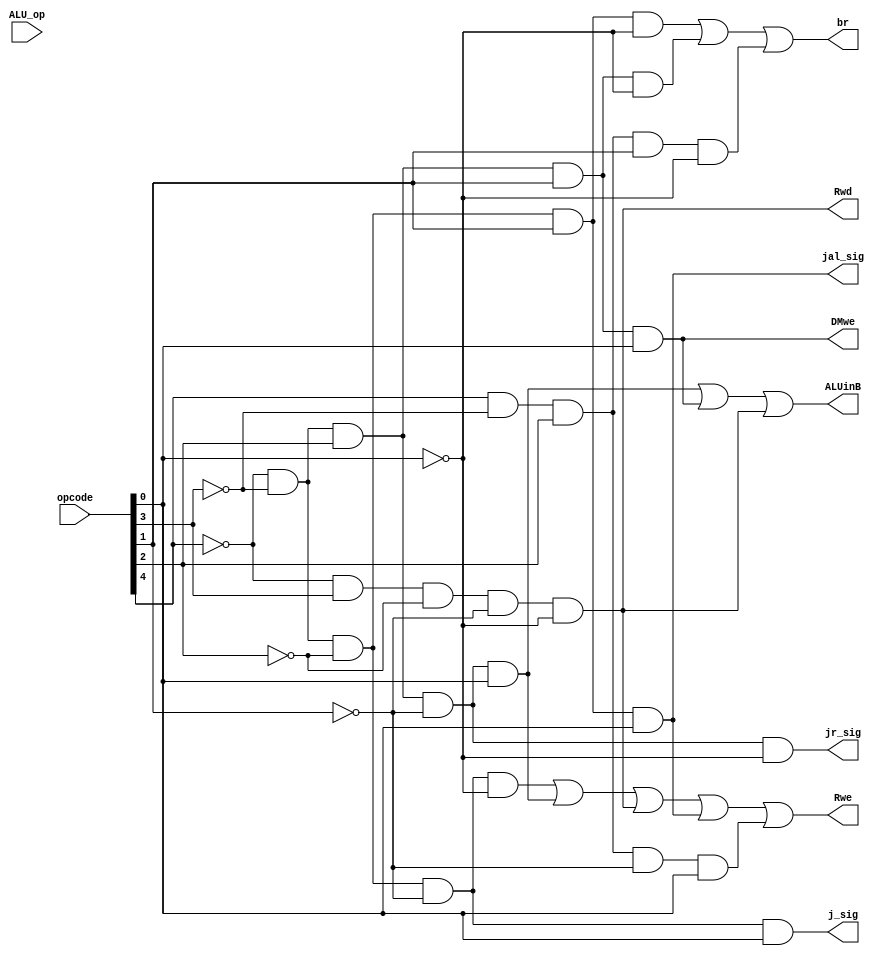
/***************************************************************************************************************/

module controls(opcode, ALU_op, Rwe, br, DMwe, ALUinB, Rwd, j_sig, jr_sig, jal_sig);

	input [4:0] opcode, ALU_op;
	output Rwe, br, DMwe, ALUinB, Rwd, j_sig, jr_sig, jal_sig;
	
	wire add, addi, sub, and_insn, or_insn, sll, sra, mul, div, sw, lw, j, bne, jal, jr, blt, bex, setx, custom_r, beq, rand_insn, led, cap;
	wire r_insn;
	wire ALU_add, ALU_sub, ALU_and, ALU_or, ALU_sll, ALU_sra, ALU_mul, ALU_div;
	
	assign r_insn 		= ~opcode[4] & ~opcode[3] & ~opcode[2] & ~opcode[1] & ~opcode[0];
	
	assign ALU_add 	= ~ALU_op[4] & ~ALU_op[3] & ~ALU_op[2] & ~ALU_op[1] & ~ALU_op[0];	//00000
	assign ALU_sub 	= ~ALU_op[4] & ~ALU_op[3] & ~ALU_op[2] & ~ALU_op[1] &  ALU_op[0];	//00001
	assign ALU_and 	= ~ALU_op[4] & ~ALU_op[3] & ~ALU_op[2] &  ALU_op[1] & ~ALU_op[0];	//00010
	assign ALU_or	 	= ~ALU_op[4] & ~ALU_op[3] & ~ALU_op[2] &  ALU_op[1] &  ALU_op[0];	//00011
	assign ALU_sll 	= ~ALU_op[4] & ~ALU_op[3] &  ALU_op[2] & ~ALU_op[1] & ~ALU_op[0];	//00100
	assign ALU_sra 	= ~ALU_op[4] & ~ALU_op[3] &  ALU_op[2] & ~ALU_op[1] &  ALU_op[0];	//00101
	assign ALU_mul 	= ~ALU_op[4] & ~ALU_op[3] &  ALU_op[2] &  ALU_op[1] & ~ALU_op[0];	//00110
	assign ALU_div 	= ~ALU_op[4] & ~ALU_op[3] &  ALU_op[2] &  ALU_op[1] &  ALU_op[0];	//00111
	
	
	assign add 			= r_insn && ALU_add;
	assign addi 		= ~opcode[4] & ~opcode[3] &  opcode[2] & ~opcode[1] &  opcode[0];	//00101
	assign sub 			= r_insn && ALU_sub;
	assign and_insn 	= r_insn && ALU_and;
	assign or_insn 	= r_insn && ALU_or;
	assign sll 			= r_insn && ALU_sll;
	assign sra 			= r_insn && ALU_sra;
	assign mul 			= r_insn && ALU_mul;
	assign div 			= r_insn && ALU_div;
	
	assign sw			= ~opcode[4] & ~opcode[3] &  opcode[2] &  opcode[1] &  opcode[0];	//00111
	assign lw	 		= ~opcode[4] &  opcode[3] & ~opcode[2] & ~opcode[1] & ~opcode[0];	//01000
	
	assign j		 		= ~opcode[4] & ~opcode[3] & ~opcode[2] & ~opcode[1] &  opcode[0];	//00001
	assign bne	 		= ~opcode[4] & ~opcode[3] & ~opcode[2] &  opcode[1] & ~opcode[0];	//00010
	assign jal	 		= ~opcode[4] & ~opcode[3] & ~opcode[2] &  opcode[1] &  opcode[0];	//00011
	assign jr			= ~opcode[4] & ~opcode[3] &  opcode[2] & ~opcode[1] & ~opcode[0];	//00100
	assign blt	 		= ~opcode[4] & ~opcode[3] &  opcode[2] &  opcode[1] & ~opcode[0];	//00110
	
	assign bex			=  opcode[4] & ~opcode[3] &  opcode[2] &  opcode[1] & ~opcode[0];	//10110
	assign setx			=  opcode[4] & ~opcode[3] &  opcode[2] & ~opcode[1] &  opcode[0];	//10101
	
	/* CUSTOM */
	assign custom_r 	=  1'b0; 																			//01000 - 11111 Change this later...
	assign beq			= ~opcode[4] &  opcode[3] & ~opcode[2] & ~opcode[1] & ~opcode[0];	//01001
	assign rand_insn	= ~opcode[4] &  opcode[3] & ~opcode[2] &  opcode[1] & ~opcode[0];	//01010
	assign led			= ~opcode[4] &  opcode[3] & ~opcode[2] &  opcode[1] &  opcode[0];	//01011
	assign cap			= ~opcode[4] &  opcode[3] &  opcode[2] & ~opcode[1] & ~opcode[0];	//01100

	assign Rwe 			= r_insn || addi || lw || jal || setx || custom_r;		//includes write to $rstatus
	assign br 			= bne || blt || bex;
	assign j_sig 		= j;
	assign DMwe			= sw;
	assign ALUinB 		= addi || sw || lw; 
	assign Rwd			= lw;
	assign jr_sig 		= jr;
	assign jal_sig 	= jal; // used to write to reg $31 and set PC = T.
	
	
endmodule